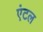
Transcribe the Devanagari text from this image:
एंटल